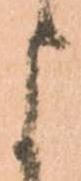
よ